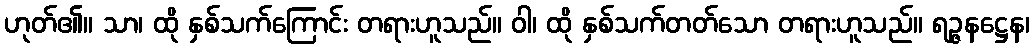
ဟုတ်၏။ သာ၊ ထို နှစ်သက်ကြောင်း တရားဟူသည်။ ဝါ၊ ထို နှစ်သက်တတ်သော တရားဟူသည်။ ရဉ္ဇနဋ္ဌေန၊